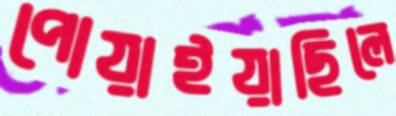
পোয়াইয়াছিলে